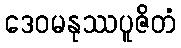
ဒေဝမနုဿပူဇိတံ